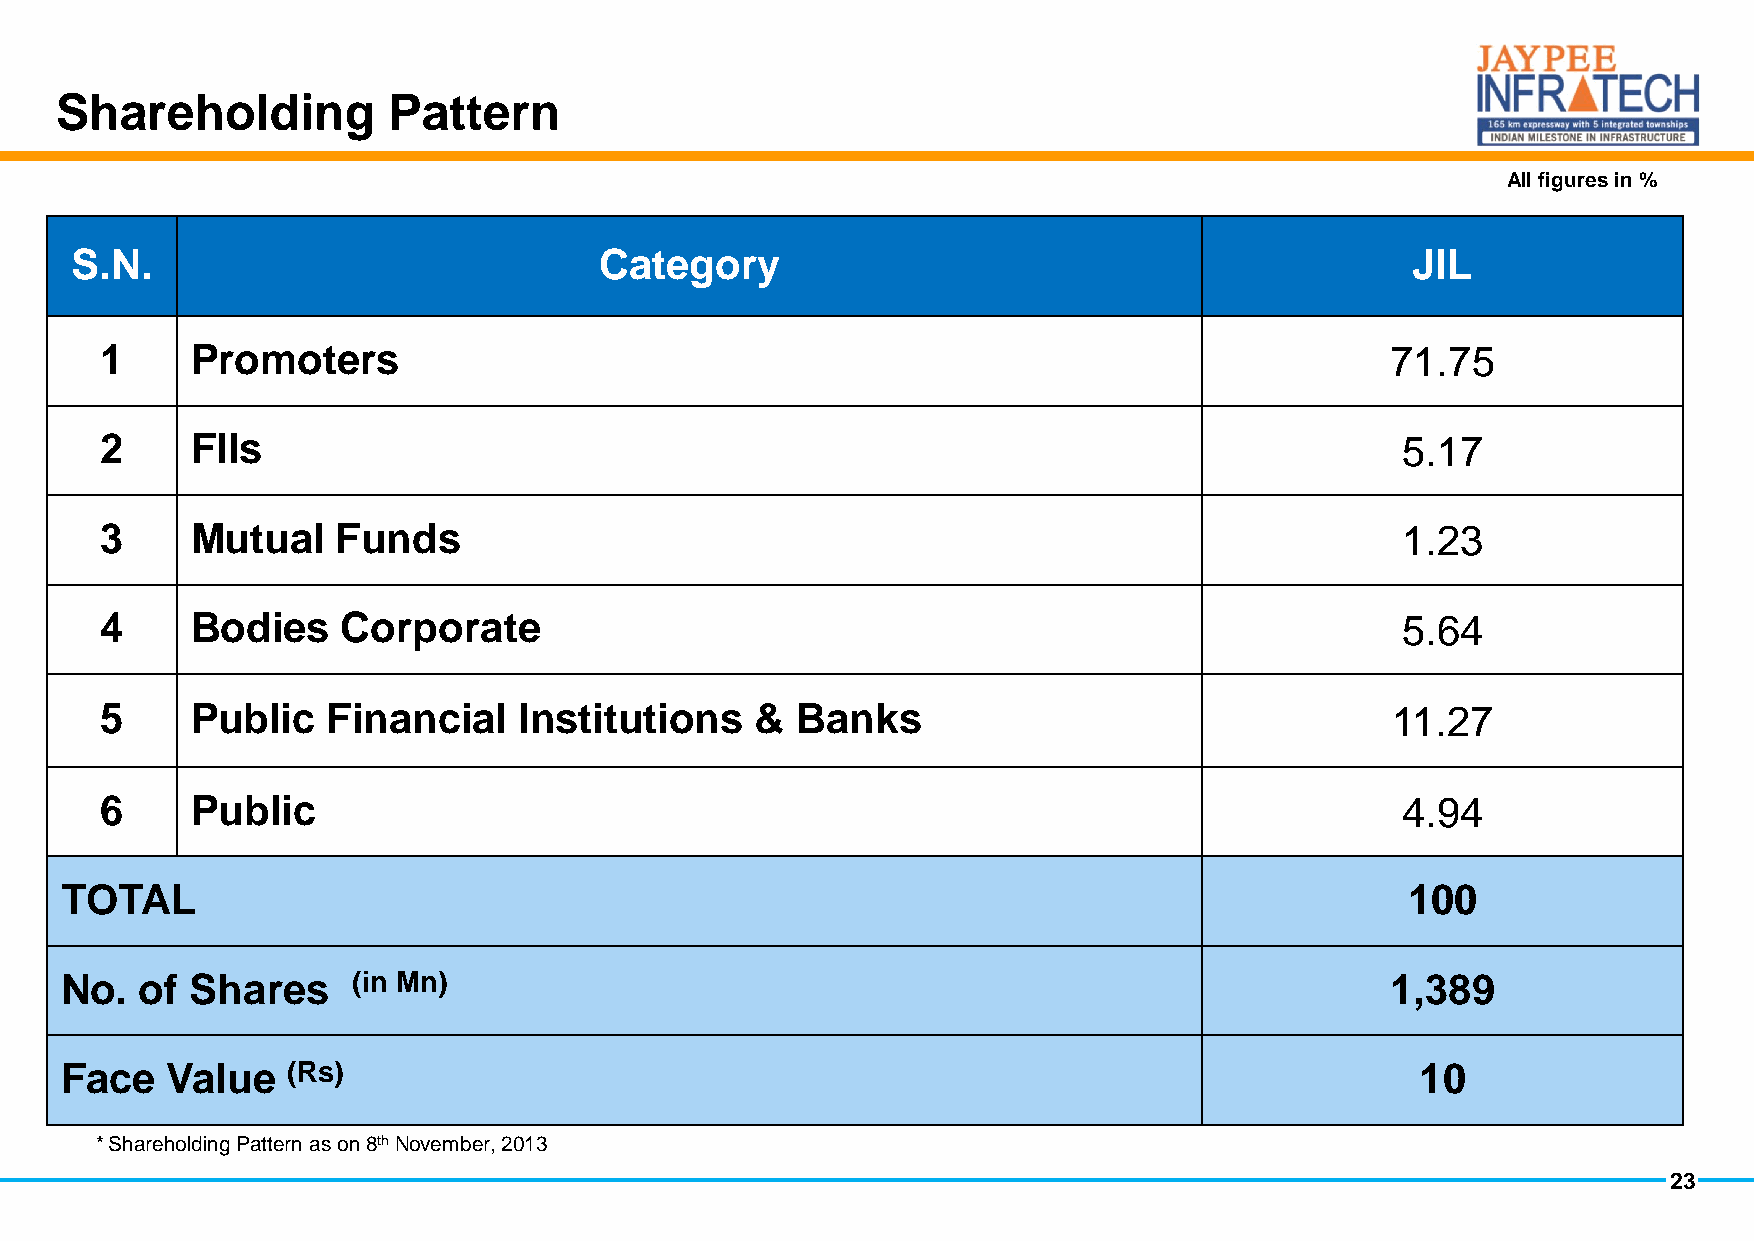
Shareholding          Pattern
 All figures in %
 S.N.                               Category                                             JIL
 1     Promoters                                                                      71.75
 2     FIIs                                                                            5.17
 3     Mutual   Funds                                                                  1.23
 4     Bodies    Corporate                                                             5.64
 5     Public   Financial   Institutions    &  Banks                                  11.27
 6     Public                                                                          4.94
 TOTAL                                                                                    100
 No.  of  Shares    (in Mn)                                                              1,389
 Face   Value   (Rs)                                                                       10
 * Shareholding Pattern as on 8th November, 2013
 23